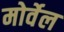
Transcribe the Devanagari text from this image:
मोर्वेल